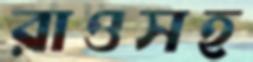
রাওসহ